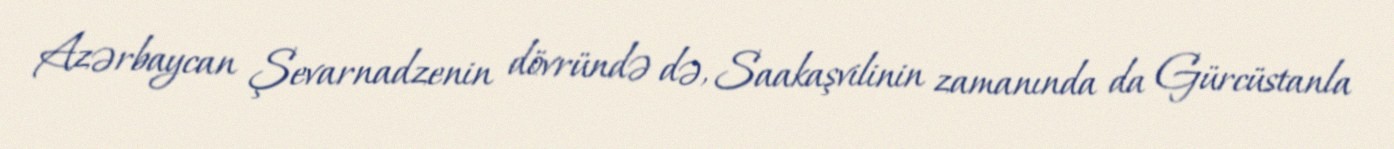
Azərbaycan Şevarnadzenin dövründə də, Saakaşvilinin zamanında da Gürcüstanla